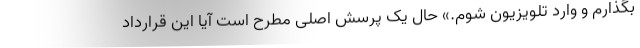
بگذارم و وارد تلویزیون شوم.» حال یک پرسش اصلی مطرح است آیا این قرارداد